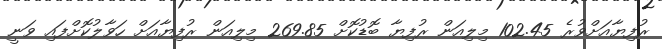
ރުފިޔާއަށްވުރެ 102.45 މިލިއަން ރުފިޔާ ބޮޑުކޮށް 269.85 މިލިއަން ރުފިޔާއަށް ހަވާލުކޮށްފައި ވަނީ